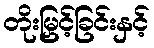
တိုးမြှင့်ခြင်းနှင့်